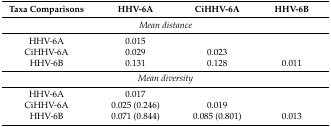
<table><thead><tr><td><b>Taxa Comparisons</b></td><td><b>HHV-6A</b></td><td><b>CiHHV-6A</b></td><td><b>HHV-6B</b></td></tr></thead><tbody><tr><td colspan="4"><i>Mean distance</i></td></tr><tr><td>HHV-6A</td><td>0.015</td><td></td><td></td></tr><tr><td>CiHHV-6A</td><td>0.029</td><td>0.023</td><td></td></tr><tr><td>HHV-6B</td><td>0.131</td><td>0.128</td><td>0.011</td></tr><tr><td colspan="4"><i>Mean diversity</i></td></tr><tr><td>HHV-6A</td><td>0.017</td><td></td><td></td></tr><tr><td>CiHHV-6A</td><td>0.025 (0.246)</td><td>0.019</td><td></td></tr><tr><td>HHV-6B</td><td>0.071 (0.844)</td><td>0.085 (0.801)</td><td>0.013</td></tr></tbody></table>